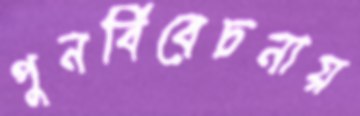
পুনর্বিবেচনায়